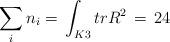
LaTeX: \begin{align*}\sum_i n_i=\, \int_{K3}trR^2\, =\, 24\end{align*}